Indian journal of veterinary science and animal husbandry - Volume 2,
Year: 1932
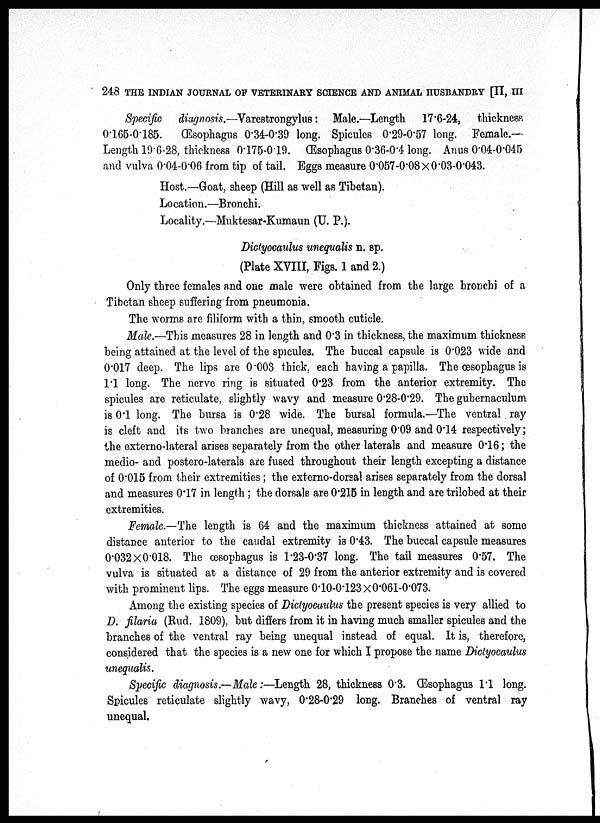
248 THE INDIAN JOURNAL OF VETERINARY SCIENCE AND ANIMAL HUSBANDRY [II, III
Specific
diagnosis.—Varestrongylus : Male.—Length 17.6-24, thickness
0.165-0.185. Œsophagus 0.34-0.39 long. Spicules 0.29-0.57 long. Female.—
Length 19.6-28, thickness 0.175-0.19. Œsophagus 0.36-0.4 long. Anus 0.04-0.045
and vulva 0.04-0.06 from tip of tail. Eggs measure 0.057-0.08×0.03-0.043.
Host.—Goat, sheep (Hill as well as Tibetan).
Location.—Bronchi.
Locality.—Muktesar-Kumaun (U. P.).
Dictyocaulus unequalis n. sp.
(Plate XVIII, Figs. 1 and 2.)
Only three females and one male were obtained from the large bronchi of a
Tibetan sheep suffering from pneumonia.
The worms are filiform with a thin, smooth cuticle.
Male.—This measures 28 in length and 0.3 in thickness, the maximum thickness
being attained at the level of the spicules. The buccal capsule is 0.023 wide and
0.017 deep. The lips are 0.003 thick, each having a papilla. The œsophagus is
1.1 long. The nerve ring is situated 0.23 from the anterior extremity. The
spicules are reticulate, slightly wavy and measure 0.28-0.29. The gubernaculum
is 0.1 long. The bursa is 0.28 wide. The bursal formula.—The ventral ray
is cleft and its two branches are unequal, measuring 0.09 and 0.14 respectively ;
the externo-lateral arises separately from the other laterals and measure 0.16 ; the
medio- and postero-laterals are fused throughout their length excepting a distance
of 0.015 from their extremities ; the externo-dorsal arises separately from the dorsal
and measures 0.17 in length ; the dorsals are 0.215 in length and are trilobed at their
extremities.
Female.—The length is 64 and the maximum thickness attained at some
distance anterior to the caudal extremity is 0.43. The buccal capsule measures
0.032×0.018. The œsophagus is 1.23-0.37 long. The tail measures 0.57. The
vulva is situated at a distance of 29 from the anterior extremity and is covered
with prominent lips. The eggs measure 0.10-0.123 × 0.061-0.073.
Among the existing species of Dictyocaulus the present species is very allied to
D. filaria (Rud. 1809), but differs from it in having much smaller spicules and the
branches of the ventral ray being unequal instead of equal. It is, therefore,
considered that the species is a new one for which I propose the name Dictyocaulus
unequalis.
Specific diagnosis.—Male :—Length 28, thickness 0.3. Œsophagus 1.1 long.
Spicules reticulate slightly wavy, 0.28-0.29 long. Branches of ventral ray
unequal.